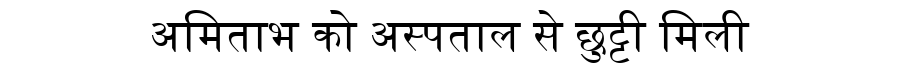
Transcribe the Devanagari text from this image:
अमिताभ को अस्पताल से छुट्टी मिली